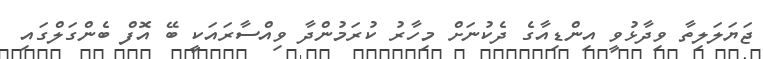
ޖަޔަލަލިތާ ވިދާޅުވީ އިންޑިއާގެ ދެކުނަށް މިހާރު ކުރަމުންދާ ވިއްސާރައަކީ ބޭ އޮފް ބެންގަލްގައި